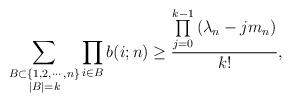
LaTeX: \begin{align*} \sum_{\substack{B\subset \{1,2,\cdots , n\}\\ |B| = k}} \prod_{i\in B} b(i;n) \geq \frac{\prod\limits_{j=0}^{k-1} \left(\lambda_n - j m_n\right)}{k!},\end{align*}